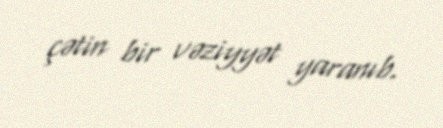
çətin bir vəziyyət yaranıb.